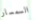
السمسار